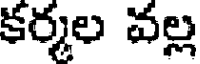
కర్మల వల్ల